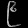
Digit: ၉